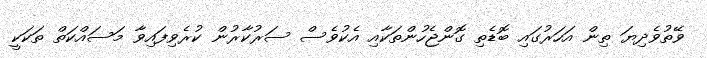
ވޭތުވެދިޔަ ތިން އަހަރުގައި ބޮޑެތި ގޮންޖެހުންތަކާއި އެކުވެސް ސަރުކާރުން ކުރެވިފައިވާ މަސައްކަތް ތަކަކީ